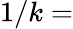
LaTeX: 1/k=